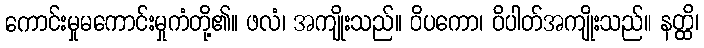
ကောင်းမှုမကောင်းမှုကံတို့၏။ ဖလံ၊ အကျိုးသည်။ ဝိပကော၊ ဝိပါတ်အကျိုးသည်။ နတ္ထိ၊